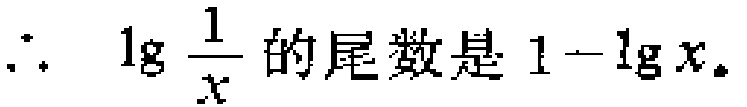
\(\therefore\ \lg \frac{1}{x}\text{ 的尾数是 }1 - \lg x.\)